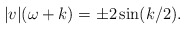
\begin{align*}|v|(\omega + k) = \pm 2 \sin(k/2).\end{align*}